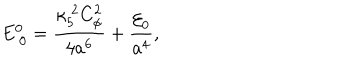
LaTeX: E _ { ~ 0 } ^ { 0 } = { \frac { \kappa _ { 5 } ^ { ~ 2 } C _ { \phi } ^ { 2 } } { 4 a ^ { 6 } } } + { \frac { { \cal E } _ { 0 } } { a ^ { 4 } } } ,